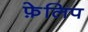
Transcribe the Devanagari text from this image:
फ़ेलिप